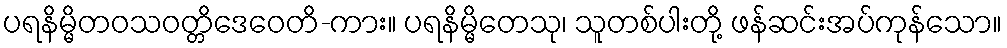
ပရနိမ္မိတဝသဝတ္တိဒေဝေတိ-ကား။ ပရနိမ္မိတေသု၊ သူတစ်ပါးတို့ ဖန်ဆင်းအပ်ကုန်သော။